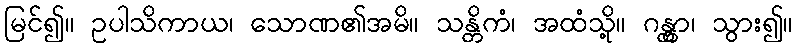
မြင်၍။ ဥပါသိကာယ၊ သောဏ၏အမိ။ သန္တိကံ၊ အထံသို့။ ဂန္တွာ၊ သွား၍။